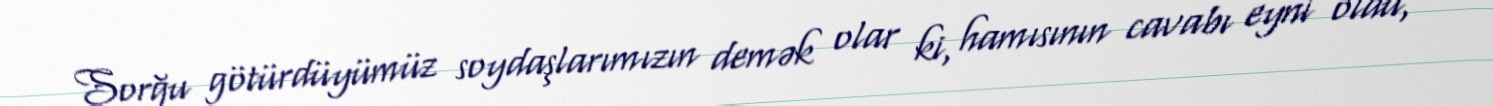
Sorğu götürdüyümüz soydaşlarımızın demək olar ki, hamısının cavabı eyni oldu,